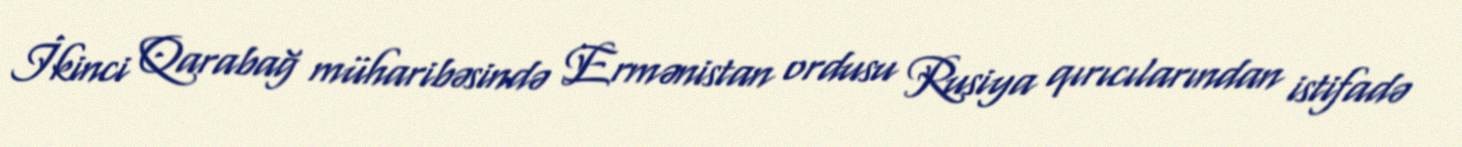
İkinci Qarabağ müharibəsində Ermənistan ordusu Rusiya qırıcılarından istifadə